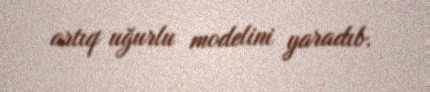
artıq uğurlu modelini yaradıb.